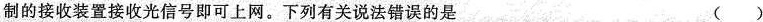
制的接收装置接收光信号即可上网。下列有关说法错误的是（ ）